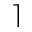
\rceil